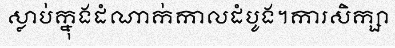
ស្លាប់ក្នុងដំណាក់កាលដំបូង។ការសិក្សា